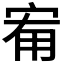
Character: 𭓰